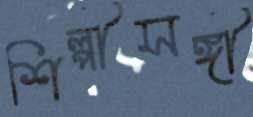
শিল্পীসঙ্গী